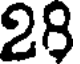
28